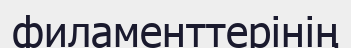
филаменттерінің